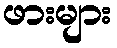
ဖားများ